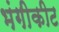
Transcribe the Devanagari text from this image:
भंगीकीट